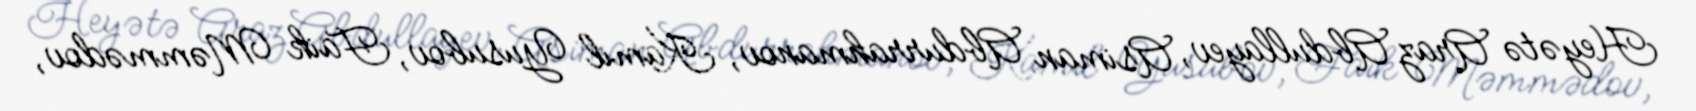
Heyətə Araz Abdullayev, Asiman Abdurrahmanov, Kamil Yusubov, Faik Məmmədov,